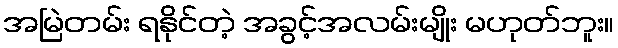
အမြဲတမ်း ရနိုင်တဲ့ အခွင့်အလမ်းမျိုး မဟုတ်ဘူး။